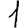
Digit: 1